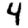
Digit: 4